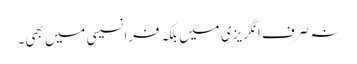
نہ صرف انگریزی میں بلکہ فرانسیسی میں بھی۔